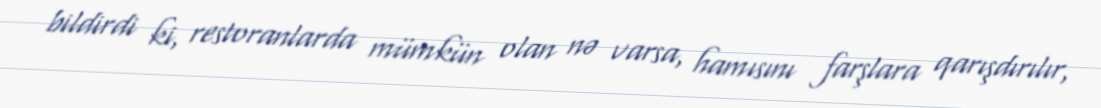
bildirdi ki, restoranlarda mümkün olan nə varsa, hamısını farşlara qarışdırılır,